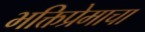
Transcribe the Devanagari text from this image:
भक्तिप्रेमाचा